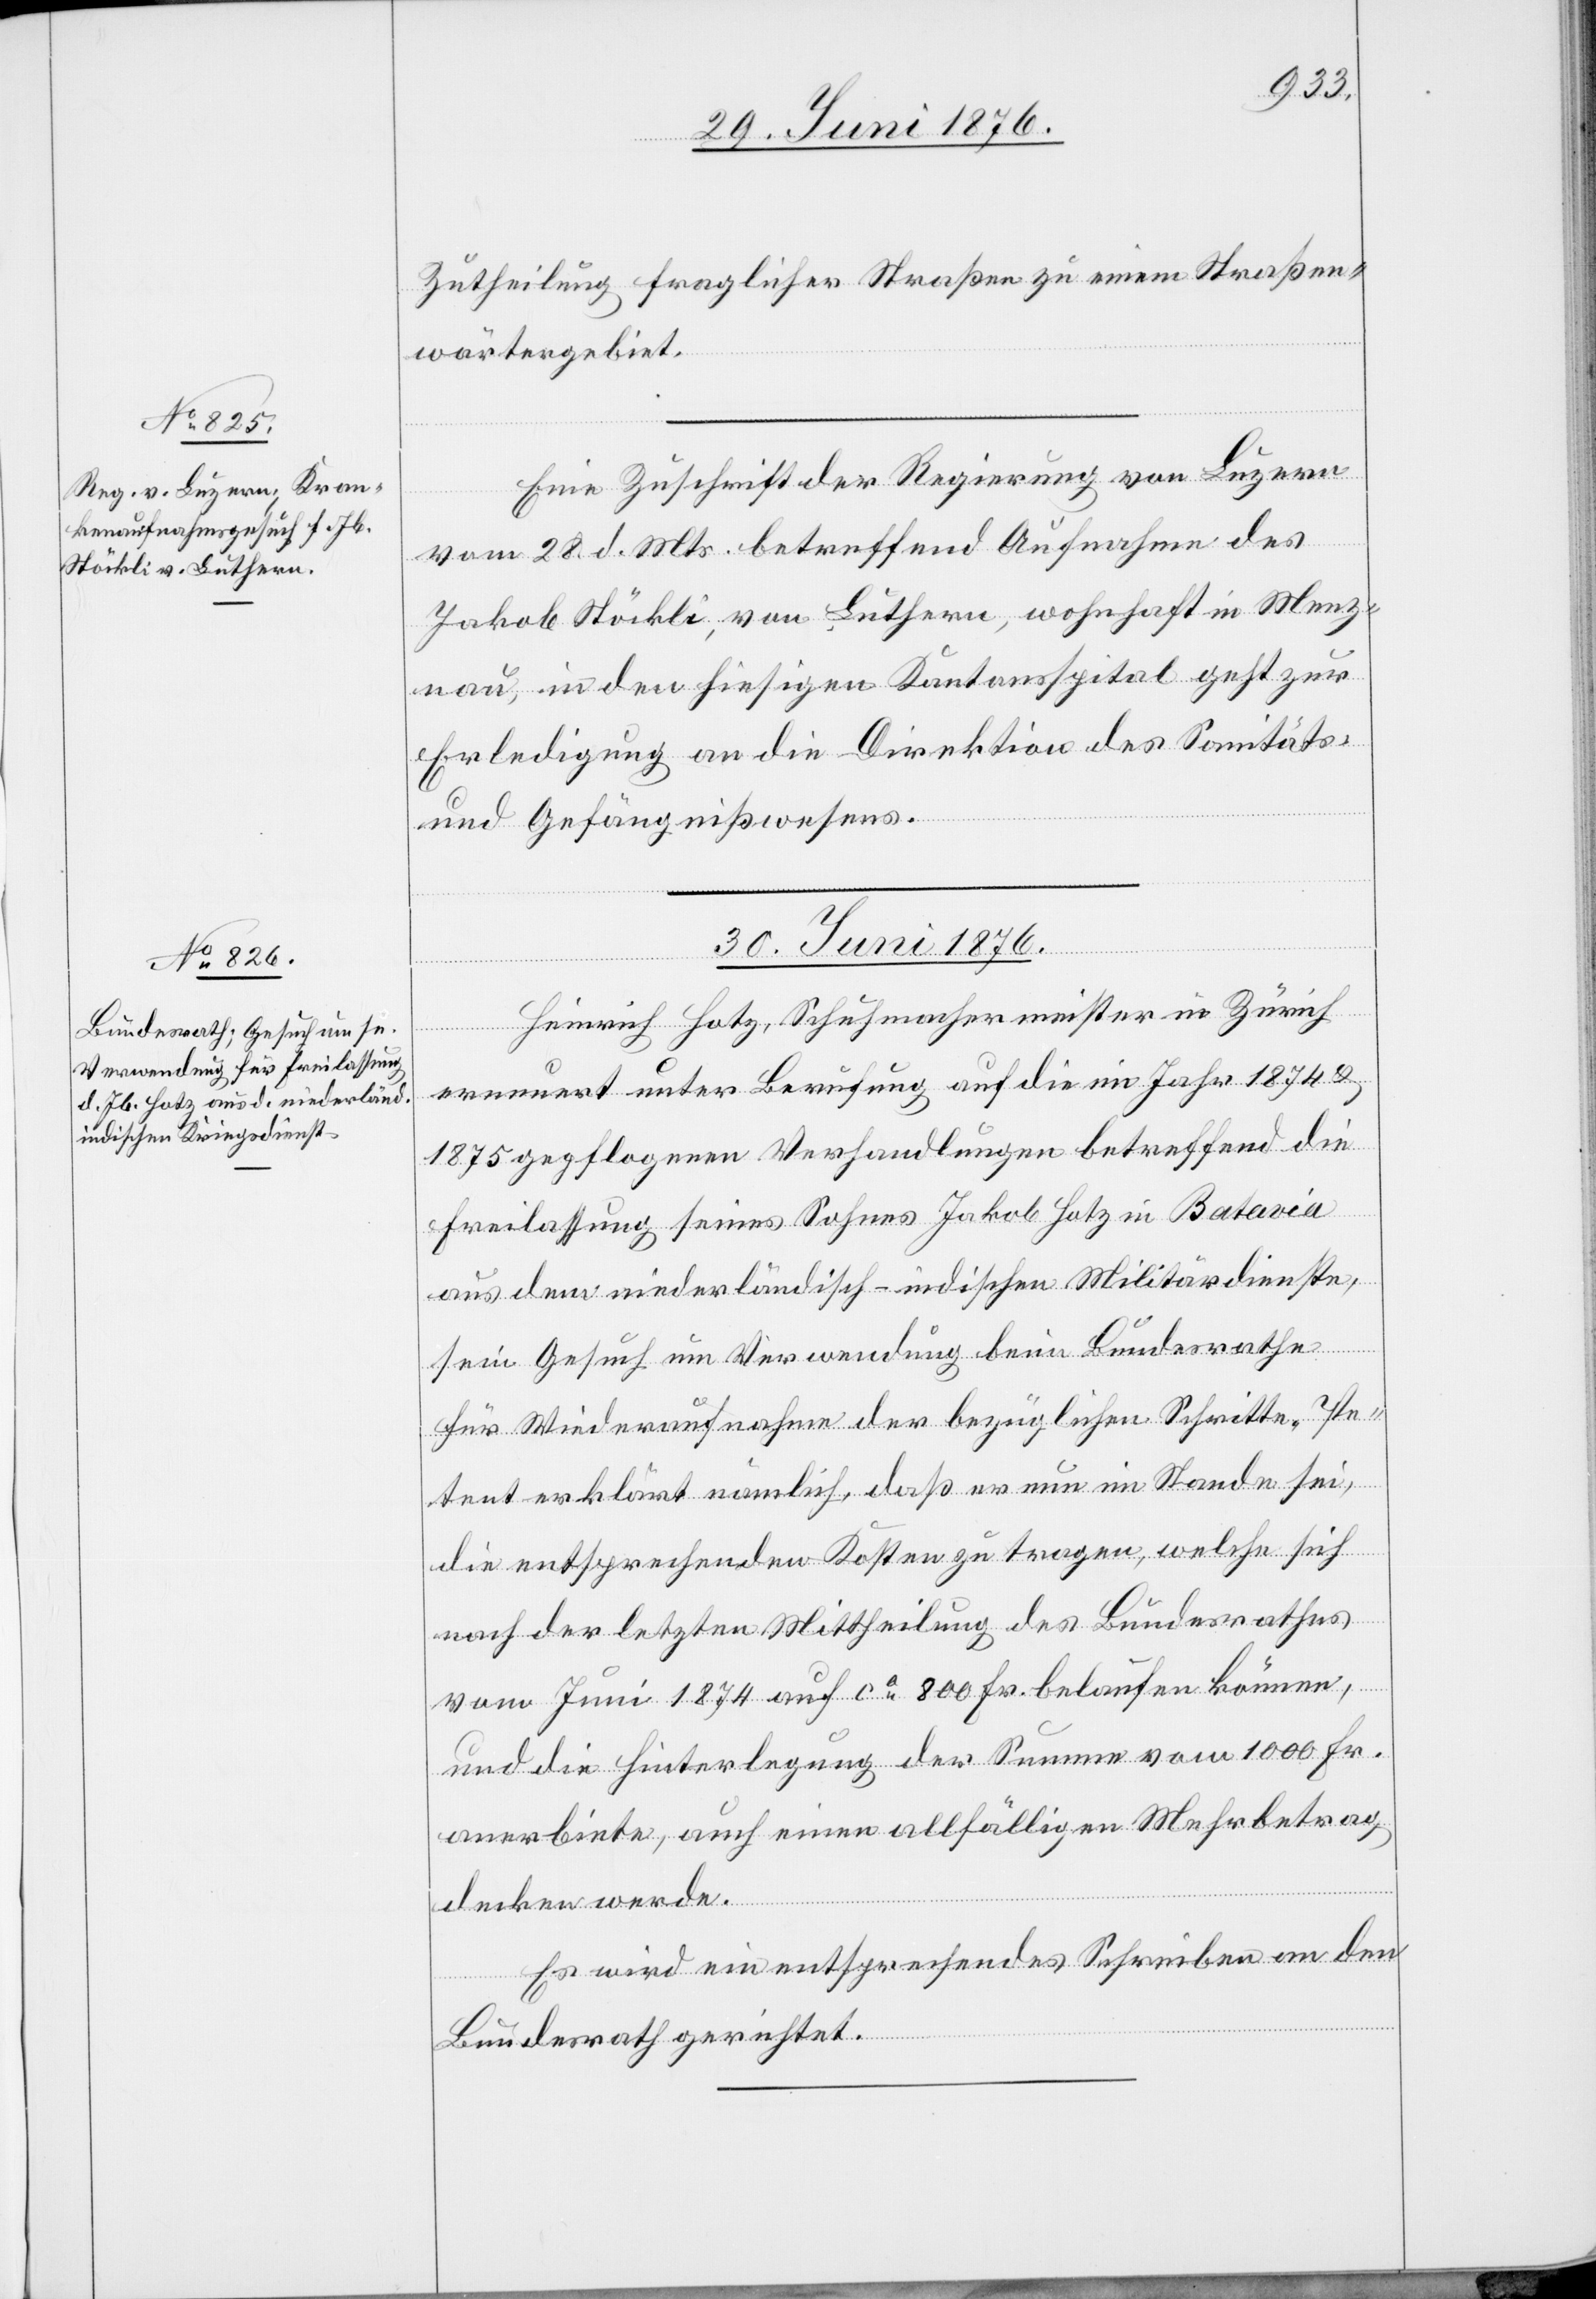
29. Juni 1876.]
Zutheilung fraglicher Straßen zu einem Straßen¬
wärtergebiet.
Eine Zuschrift der Regierung von Luzern
vom 28. d. Mts. betreffend Aufnahme des
Jakob Stöckli, von Luthern, wohnhaft in Menz¬
nau, in den hiesigen Kantonsspital geht zur
Erledigung an die Direktion des Sanitäts-
und Gefängnißwesens.
30. Juni 1876.
Heinrich Hotz, Schuhmachermeister in Zürich
erneuert unter Berufung auf die im Jahr 1874 &
1875 gepflogenen Verhandlungen betreffend die
Freilassung seines Sohnes Jakob Hotz in Batavia
aus dem niederländisch-indischen Militärdienste,
sein Gesuch um Verwendung beim Bundesrathe
für Wiederaufnahme der bezüglichen Schritte. Pe¬
tent erklärt nämlich, daß er nun im Stande sei,
die entsprechenden Kosten zu tragen, welche sich
nach der letzten Mittheilung des Bundesrathes
vom Juni 1874 auf ca 800 Fr. belaufen können,
und die Hinterlegung der Summe vom [sic!] 1000 Fr.
anerbiete, auch einen allfälligen Mehrbetrag
decken werde.
Es wird ein entsprechendes Schreiben an den
Bundesrath gerichtet.